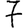
Digit: 7